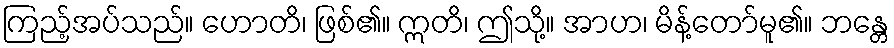
ကြည့်အပ်သည်။ ဟောတိ၊ ဖြစ်၏။ ဣတိ၊ ဤသို့။ အာဟ၊ မိန့်တော်မူ၏။ ဘန္တေ